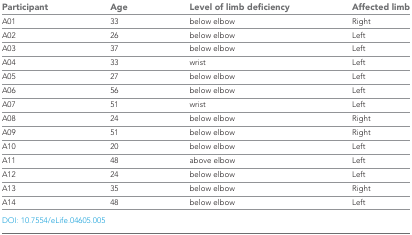
<table><thead><tr><td><b>Participant</b></td><td><b>Age</b></td><td><b>Level of limb deficiency</b></td><td><b>Affected limb</b></td></tr></thead><tbody><tr><td>A01</td><td>33</td><td>below elbow</td><td>Right</td></tr><tr><td>A02</td><td>26</td><td>below elbow</td><td>Left</td></tr><tr><td>A03</td><td>37</td><td>below elbow</td><td>Left</td></tr><tr><td>A04</td><td>33</td><td>wrist</td><td>Left</td></tr><tr><td>A05</td><td>27</td><td>below elbow</td><td>Left</td></tr><tr><td>A06</td><td>56</td><td>below elbow</td><td>Left</td></tr><tr><td>A07</td><td>51</td><td>wrist</td><td>Left</td></tr><tr><td>A08</td><td>24</td><td>below elbow</td><td>Right</td></tr><tr><td>A09</td><td>51</td><td>below elbow</td><td>Right</td></tr><tr><td>A10</td><td>20</td><td>below elbow</td><td>Left</td></tr><tr><td>A11</td><td>48</td><td>above elbow</td><td>Left</td></tr><tr><td>A12</td><td>24</td><td>below elbow</td><td>Left</td></tr><tr><td>A13</td><td>35</td><td>below elbow</td><td>Right</td></tr><tr><td>A14</td><td>48</td><td>below elbow</td><td>Left</td></tr></tbody></table>